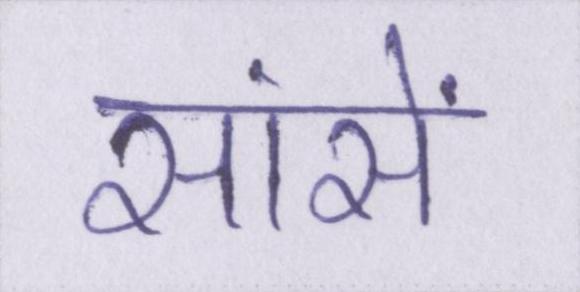
सांसें